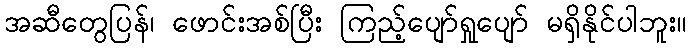
အဆီတွေပြန်၊ ဖောင်းအစ်ပြီး ကြည့်ပျော်ရှုပျော် မရှိနိုင်ပါဘူး။